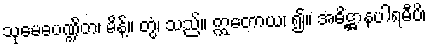
သုမေဓပဏ္ဍိတ၊ မိန့်။ တွံ၊ သည်။ ဣတောယ၊ ၍။ အဓိဋ္ဌာနပါရမီပိ၊